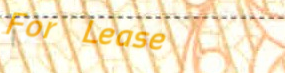
For Lease